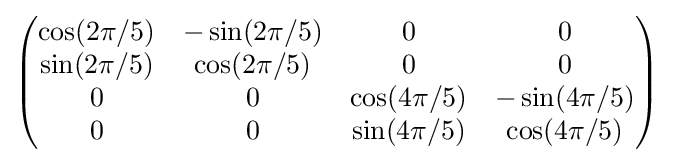
{\begin{pmatrix}\cos(2\pi /5)&-\sin(2\pi /5)&0&0\\\sin(2\pi /5)&\cos(2\pi /5)&0&0\\0&0&\cos(4\pi /5)&-\sin(4\pi /5)\\0&0&\sin(4\pi /5)&\cos(4\pi /5)\end{pmatrix}}